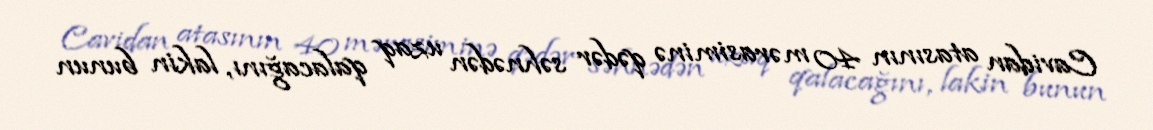
Cavidan atasının 40 mərasiminə qədər səhnədən uzaq qalacağını, lakin bunun